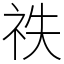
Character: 祑